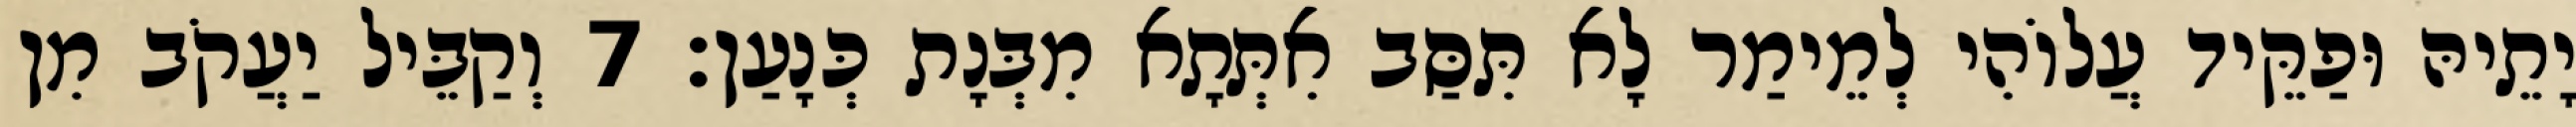
יָתֵיהּ וּפַקֵּיד עֲלוֹהִי לְמֵימַר לָא תִּסַּב אִתְּתָא מִבְּנָת כְּנָעַן׃ 7 וְקַבֵּיל יַעֲקֹב מִן